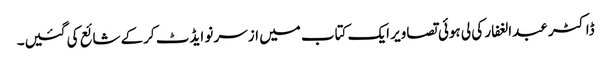
ڈاکٹر عبدالغفار کی لی ہوئی تصاویر ایک کتاب میں ازسر نو ایڈٹ کرکے شائع کی گئیں۔